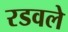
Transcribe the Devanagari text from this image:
रडवले